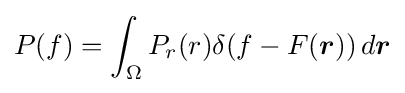
P(f)=\int _{\Omega }P_{r}(r)\delta (f-F({\boldsymbol {r}}))\,d{\boldsymbol {r}}